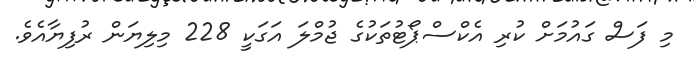
މި ފަސް ގައުމަށް ކުރި އެކްސްޕޯޓުތަކުގެ ޖުމްލަ އަގަކީ 228 މިލިޔަން ރުފިޔާއެވެ.